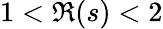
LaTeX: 1<\Re(s)<2